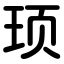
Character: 顼